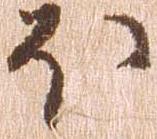
ほ